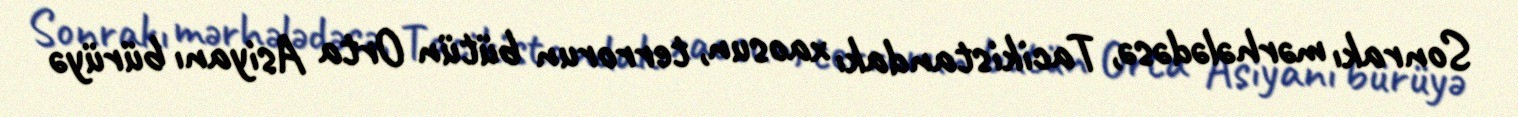
Sonrakı mərhələdəsə, Tacikistandakı xaosun, terrorun bütün Orta Asiyanı bürüyə